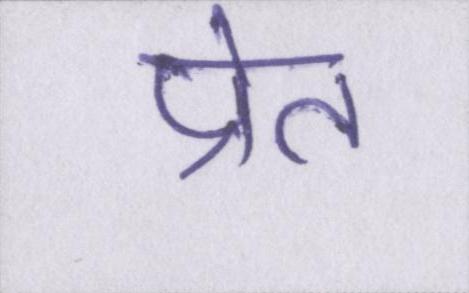
प्रेत